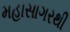
મહાસાગરથી